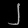
Digit: ၂